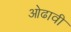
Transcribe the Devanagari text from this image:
ओढावी